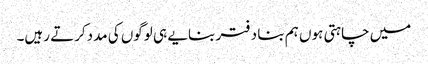
میں چاہتی ہوں ہم بنا دفتر بنایے ہی لوگوں کی مددکرتے رہیں۔